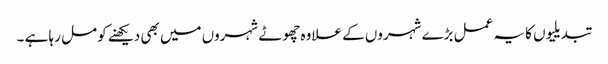
تبدیلیوں کا یہ عمل بڑے شہروں کے علاوہ چھوٹے شہروں میں بھی دیکھنے کو مل رہا ہے ۔